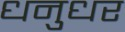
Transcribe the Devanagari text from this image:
धनुधर